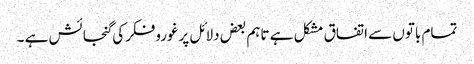
تمام باتوں سے اتفاق مشکل ہے تاہم بعض دلائل پرغوروفکرکی گنجائش ہے ۔